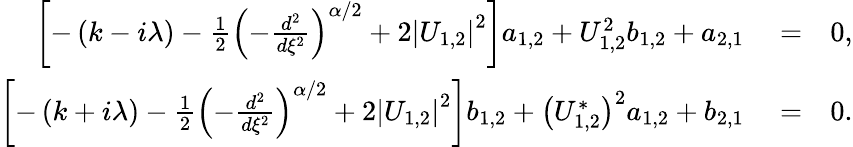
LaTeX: \begin{array}{rlr}{\left[-\left(k-i\lambda\right)-\frac{1}{2}\left(-\frac{d^{2}}{d\xi^{2}}\right)^{\alpha/2}+2\left\vert U_{1,2}\right\vert^{2}\right]a_{1,2}+U_{1,2}^{2}b_{1,2}+a_{2,1}}&{{}=}&{0,}\\ {\left[-\left(k+i\lambda\right)-\frac{1}{2}\left(-\frac{d^{2}}{d\xi^{2}}\right)^{\alpha/2}+2\left\vert U_{1,2}\right\vert^{2}\right]b_{1,2}+\left(U_{1,2}^{\ast}\right)^{2}a_{1,2}+b_{2,1}}&{{}=}&{0.}\end{array}